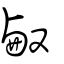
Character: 㕟